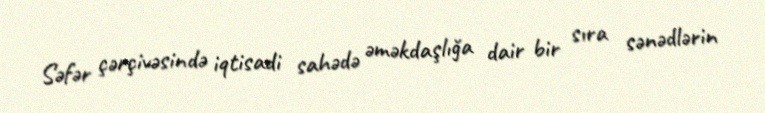
Səfər çərçivəsində iqtisadi sahədə əməkdaşlığa dair bir sıra sənədlərin